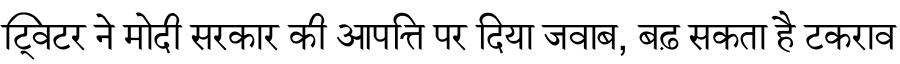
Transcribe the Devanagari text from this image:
ट्विटर ने मोदी सरकार की आपत्ति पर दिया जवाब, बढ़ सकता है टकराव